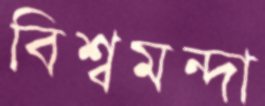
বিশ্বমন্দা